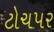
ટોચપર